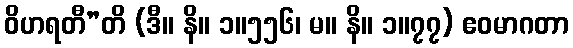
ဝိဟရတီ”တိ (ဒီ။ နိ။ ၁။၅၅၆၊ မ။ နိ။ ၁။၇၇) ဧဝမာဂတာ